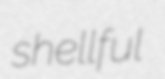
shellful